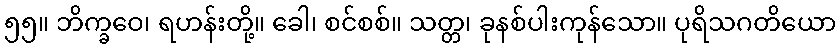
၅၅။ ဘိက္ခဝေ၊ ရဟန်းတို့။ ခေါ၊ စင်စစ်။ သတ္တ၊ ခုနစ်ပါးကုန်သော။ ပုရိသဂတိယော